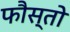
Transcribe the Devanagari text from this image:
फौस्तो